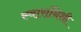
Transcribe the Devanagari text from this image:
स्वारांनिशी